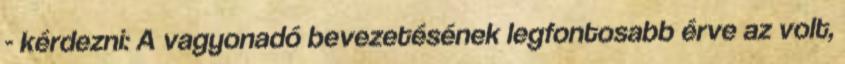
- kérdezni: A vagyonadó bevezetésének legfontosabb érve az volt,